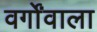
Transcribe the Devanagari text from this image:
वर्गोंवाला